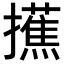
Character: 𢸺